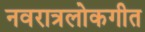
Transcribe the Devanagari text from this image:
नवरात्रलोकगीत